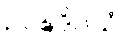
ဥပဍ္ဎဒိဝသံ